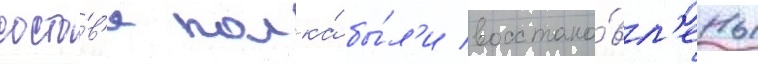
соста́в'е полка́ бы́л'и восстано́вл'ены